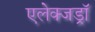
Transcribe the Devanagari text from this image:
एलेक्जड्राॅ